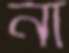
না